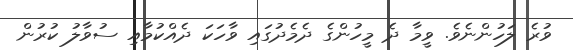
ވުރެ ލަހުންނެވެ. ވީމާ ދެ މީހުންގެ ދެމެދުގައި ވާހަކަ ދެއްކުމާއި ސުވާލު ކުރުން